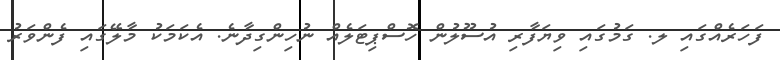
ފަހަރެއްގައި ލ. ގަމުގައި ވިޔަފާރި އުސޫލުން ހޮސްޕިޓަލެއް ނުހިންގިދާނެ. އެކަމަކު މާލޭގައި ފެންވަރު